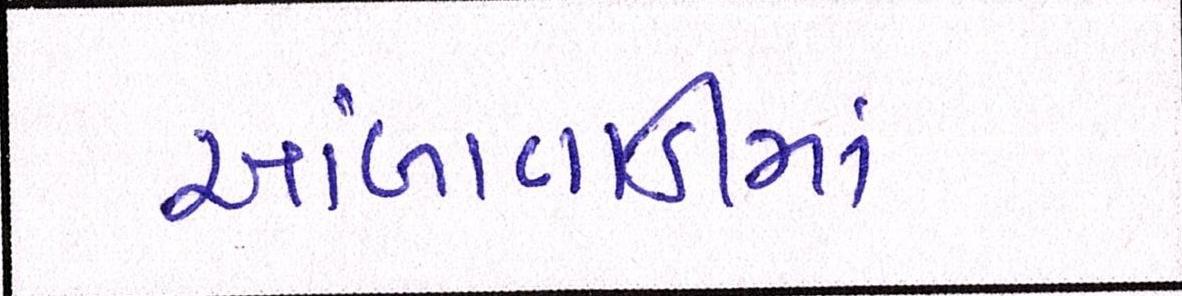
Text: આંબાવાડીમાં